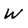
Character: W